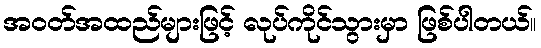
အဝတ်အထည်များဖြင့် လုပ်ကိုင်သွားမှာ ဖြစ်ပါတယ်။